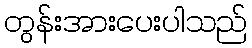
တွန်းအားပေးပါသည်